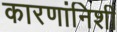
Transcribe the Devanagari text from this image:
कारणांनिशी